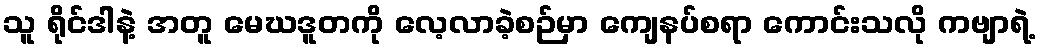
သူ ရိုင်ဒါနဲ့ အတူ မေဃဒူတကို လေ့လာခဲ့စဉ်မှာ ကျေနပ်စရာ ကောင်းသလို ကဗျာရဲ့